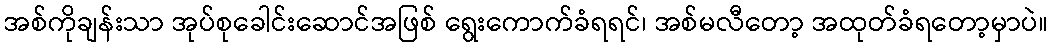
အစ်ကိုချန်းသာ အုပ်စုခေါင်းဆောင်အဖြစ် ရွေးကောက်ခံရရင်၊ အစ်မလီတော့ အထုတ်ခံရတော့မှာပဲ။